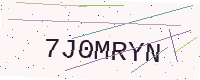
Text: 7J0MRYN